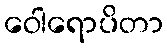
ဝေါရောပိတာ